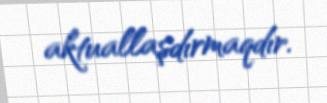
aktuallaşdırmaqdır.